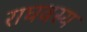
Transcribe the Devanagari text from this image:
राघवस्य